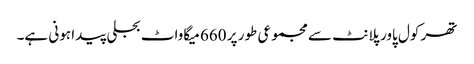
تھر کول پاور پلانٹ سے مجموعی طور پر 660 میگاواٹ بجلی پیدا ہونی ہے۔